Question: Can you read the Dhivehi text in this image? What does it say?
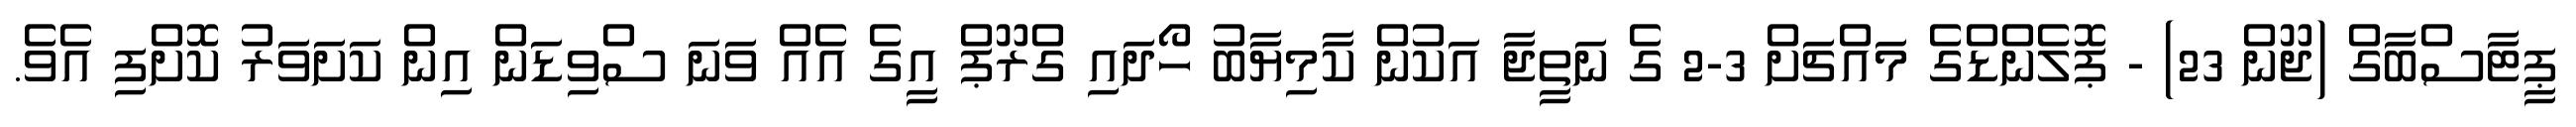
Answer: ޕީޓާސްބާގް (ޖޫން 23) - ޕޮލެންޑްގެ މައްޗަށް 3-2 ގެ ނަތީޖާ އަކުން ކާމިޔާބު ހޯދައި ގްރޫޕް އީގެ އެއް ވަނަ ސްވިޑަން އިން ކަށަވަރު ކޮށްފި އެވެ.